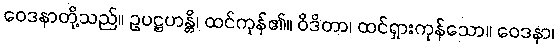
ဝေဒနာတို့သည်။ ဥပဋ္ဌဟန္တိ၊ ထင်ကုန်၏။ ဝိဒိတာ၊ ထင်ရှားကုန်သော။ ဝေဒနာ၊